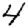
Digit: 4